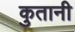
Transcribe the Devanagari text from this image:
कुतानी